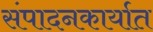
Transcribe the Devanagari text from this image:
संपादनकार्यात